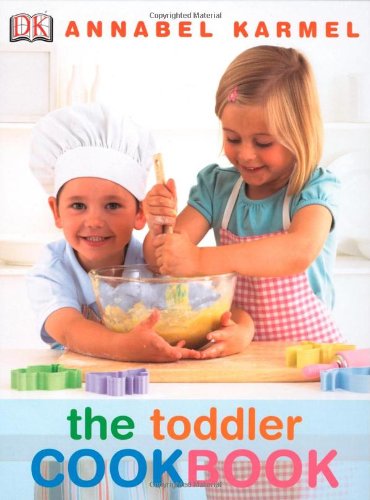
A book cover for The Toddler Cookbook; Annabel Karmel; Children's Books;